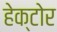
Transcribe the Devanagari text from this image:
हेक्टोर